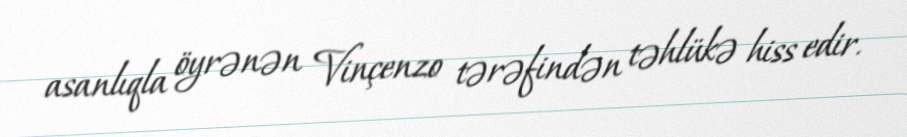
asanlıqla öyrənən Vinçenzo tərəfindən təhlükə hiss edir.